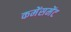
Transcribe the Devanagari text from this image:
कमेंसमेंट